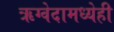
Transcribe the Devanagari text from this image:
ऋग्वेदामध्येही